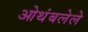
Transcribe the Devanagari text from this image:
ओथंबलेले